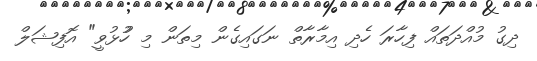
ދިގު މުއްދަތައް ފިހާރަ ހެދި އިމާރާތް ނަގައިގެން މިތަން މި ހުުޅުވީ" އޮފިޝަލް